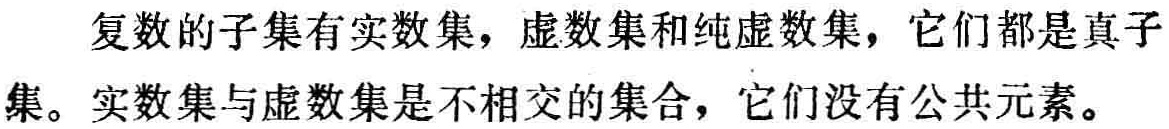
复数的子集有实数集，虚数集和纯虚数集，它们都是真子集。实数集与虚数集是不相交的集合，它们没有公共元素。